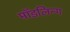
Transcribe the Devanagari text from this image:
मॉडलिन्ग